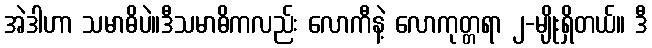
အဲဒါဟာ သမာဓိပဲ။ဒီသမာဓိကလည်း လောကီနဲ့ လောကုတ္တရာ ၂-မျိုးရှိတယ်။ ဒီ